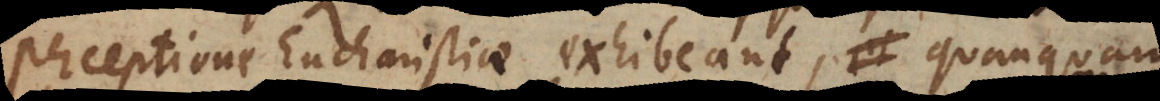
perceptione Eucharistiae exhibeant, quanquam